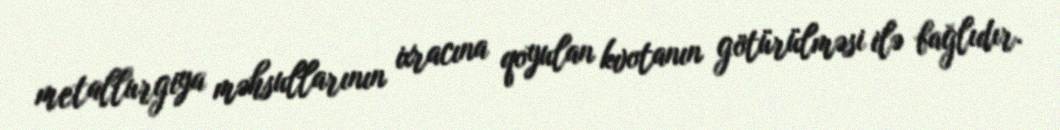
metallurgiya məhsullarının ixracına qoyulan kvotanın götürülməsi ilə bağlıdır.